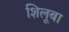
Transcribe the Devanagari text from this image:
शिलूबा